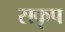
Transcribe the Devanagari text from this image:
सकृप